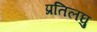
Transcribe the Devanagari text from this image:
प्रतिलघु